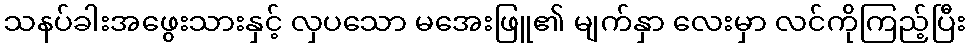
သနပ်ခါးအဖွေးသားနှင့် လှပသော မအေးဖြူ၏ မျက်နှာ လေးမှာ လင်ကိုကြည့်ပြီး